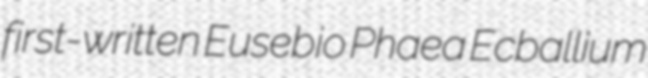
first-written Eusebio Phaea Ecballium